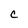
Character: C